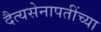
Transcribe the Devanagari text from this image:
दैत्यसेनापतींच्या